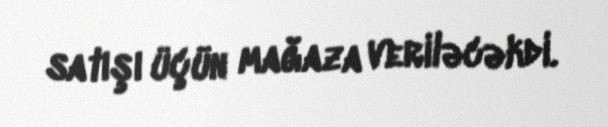
satışı üçün mağaza veriləcəkdi.